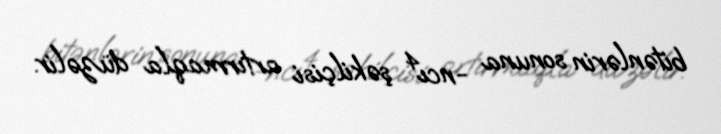
bitənlərin sonuna -ncı⁴ şəkilçisi artırmaqla düzəlir.